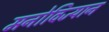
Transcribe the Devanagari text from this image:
मनोविज्यान